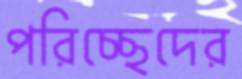
পরিচ্ছেদের